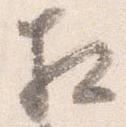
相